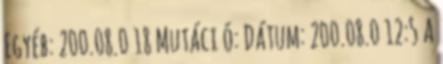
Egyéb: 200.08.0 18 Mutáci ó: Dátum: 200.08.0 12:5 A